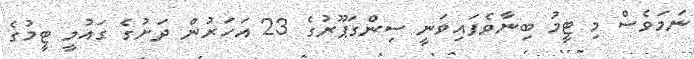
ނަމަވެސް މި ޓީމު ބިނާވެފައިވަނީ ސިންގަޕޫރުގެ 23 އަހަރުން ދަށުގެ ގައުމީ ޓީމުގެ